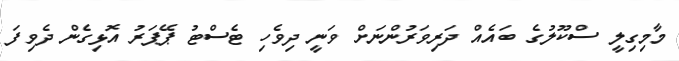
މާމިގިލީ ސްކޫލުގެ ބައެއް ދަރިވަރުންނަށް ވަނީ ދިވެހި ޓެސްޓު ޕޭޕަރު އޮޅިގެން ދެވިފަ